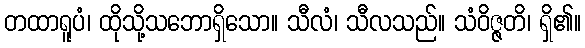
တထာရူပံ၊ ထိုသို့သဘောရှိသော။ သီလံ၊ သီလသည်။ သံဝိဇ္ဇတိ၊ ရှိ၏။